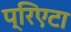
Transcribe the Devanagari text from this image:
प्रिएटा